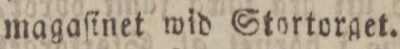
magaſinet wid Stortorget.